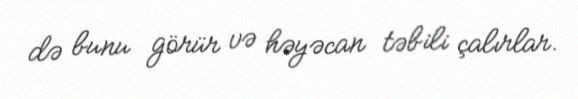
də bunu görür və həyəcan təbili çalırlar.